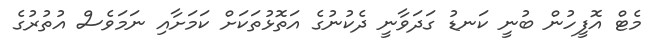
މެޓް އޮފީހުން ބުނީ ކަނޑު ގަދަވާނީ ދެކުނުގެ އަތޮޅުތަކަށް ކަމަށާއި ނަމަވެސް އުތުރުގެ